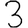
Digit: 3